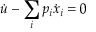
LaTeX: { \dot { u } } - \sum _ { i } p _ { i } { \dot { x } } _ { i } = 0